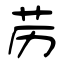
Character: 苈